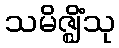
သမိဇ္ဈိံသု